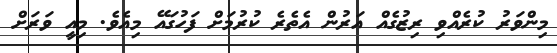
މިންވަރު ކުރެއްވި ރިޒުގެއް އަރުން އެތެރެ ކުރުމަށް ފަހުގައޭ މިއެވެ. މިއީ ވަރަށް